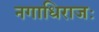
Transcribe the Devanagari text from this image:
नगाधिराजः